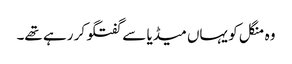
وہ منگل کو یہاں میڈیا سے گفتگو کر رہے تھے۔